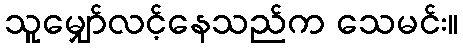
သူမျှော်လင့်နေသည်က သေမင်း။